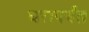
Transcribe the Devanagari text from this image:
घरापर्यंत